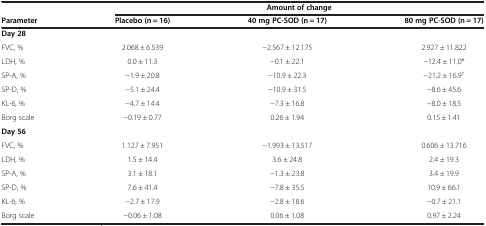
<table><thead><tr><td>[EMPTY_CELL]</td><td colspan="3"><b>Amount of change</b></td></tr><tr><td><b>Parameter</b></td><td><b>Placebo (n = 16)</b></td><td><b>40 mg PC-SOD (n = 17)</b></td><td><b>80 mg PC-SOD (n = 17)</b></td></tr></thead><tbody><tr><td><b>Day 28</b></td><td>[EMPTY_CELL]</td><td>[EMPTY_CELL]</td><td>[EMPTY_CELL]</td></tr><tr><td>FVC, %</td><td>2.068 ± 6.539</td><td>-2.567 ± 12.175</td><td>2.927 ± 11.822</td></tr><tr><td>LDH, %</td><td>0.0 ± 11.3</td><td>-0.1 ± 22.1</td><td>-12.4 ± 11.0*</td></tr><tr><td>SP-A, %</td><td>-1.9 ± 20.8</td><td>-10.9 ± 22.3</td><td>-21.2 ± 16.9<sup>†</sup></td></tr><tr><td>SP-D, %</td><td>-5.1 ± 24.4</td><td>-10.9 ± 31.5</td><td>-8.6 ± 45.6</td></tr><tr><td>KL-6, %</td><td>-4.7 ± 14.4</td><td>-7.3 ± 16.8</td><td>-8.0 ± 18.5</td></tr><tr><td>Borg scale</td><td>-0.19 ± 0.77</td><td>0.26 ± 1.94</td><td>0.15 ± 1.41</td></tr><tr><td><b>Day 56</b></td><td>[EMPTY_CELL]</td><td>[EMPTY_CELL]</td><td>[EMPTY_CELL]</td></tr><tr><td>FVC, %</td><td>1.127 ± 7.951</td><td>-1.993 ± 13.517</td><td>0.606 ± 13.716</td></tr><tr><td>LDH, %</td><td>1.5 ± 14.4</td><td>3.6 ± 24.8</td><td>2.4 ± 19.3</td></tr><tr><td>SP-A, %</td><td>3.1 ± 18.1</td><td>-1.3 ± 23.8</td><td>3.4 ± 19.9</td></tr><tr><td>SP-D, %</td><td>7.6 ± 41.4</td><td>-7.8 ± 35.5</td><td>10.9 ± 66.1</td></tr><tr><td>KL-6, %</td><td>-2.7 ± 17.9</td><td>-2.8 ± 18.6</td><td>-0.7 ± 21.1</td></tr><tr><td>Borg scale</td><td>-0.06 ± 1.08</td><td>0.06 ± 1.08</td><td>0.97 ± 2.24</td></tr></tbody></table>